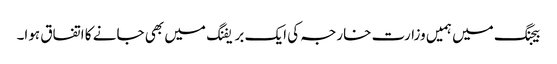
بیجنگ میں ہمیں وزارت خارجہ کی ایک بریفنگ میں بھی جانے کا اتفاق ہوا۔